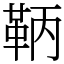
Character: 鞆